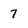
Character: 7